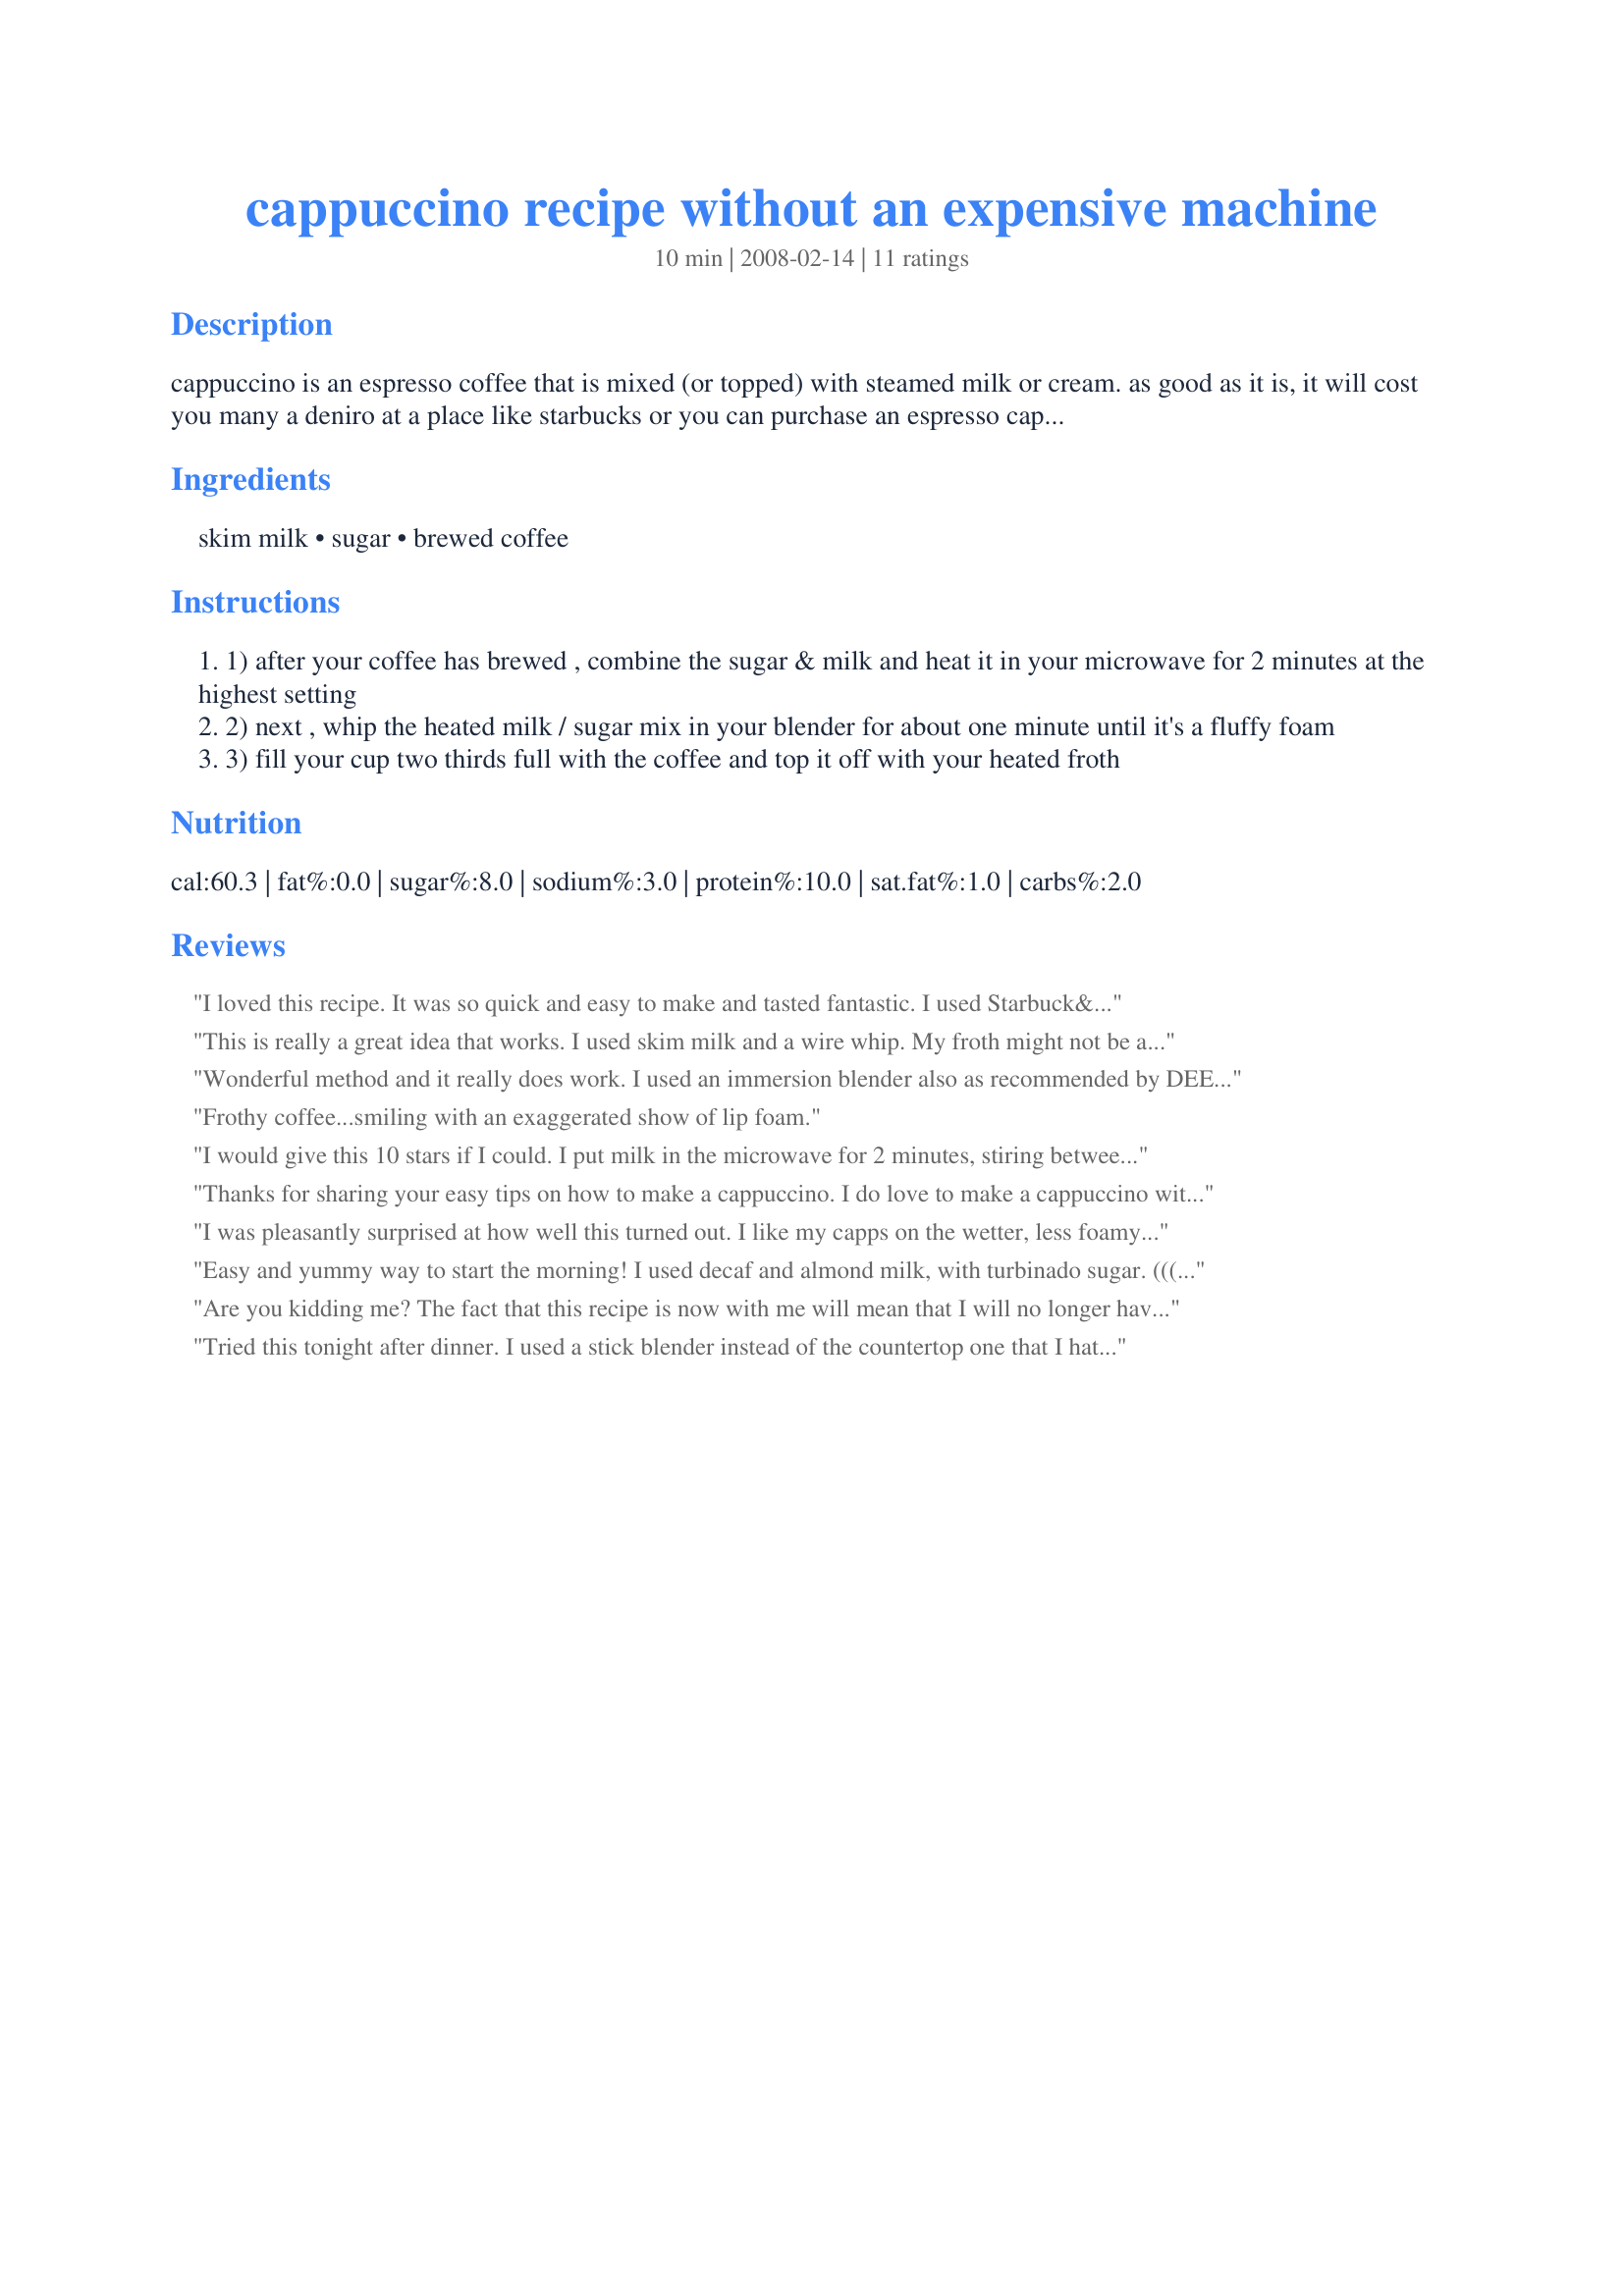
cappuccino recipe without an expensive machine
Preparation time: 10 minutes

cappuccino is an espresso coffee that is mixed (or topped) with steamed milk or cream. as good as it is, it will cost you many a deniro at a place like starbucks or you can purchase an espresso cappuccino maker to display on your own kitchen counter for about $600. that's a lot for a machine that specializes in gourmet flavored coffee.

for the rest of us, here's an easy cappuccino recipe for all those weekend mornings at home when you want to treat yourself to something special and all you need is a microwave and blender. to brew 2 cups of this coffee you need:

Ingredients:
skim milk, sugar, brewed coffee

Steps:
1) after your coffee has brewed , combine the sugar & milk and heat it in your microwave for 2 minutes at the highest setting
2) next , whip the heated milk / sugar mix in your blender for about one minute until it's a fluffy foam
3) fill your cup two thirds full with the coffee and top it off with your heated froth

Reviews:
I loved this recipe. It was so quick and easy to make and tasted fantastic. I used Starbuck&#039;s Dark French Roast, vanilla sugar and a blend of 1% milk with a little Baileys Hazelnut Creamer. I didn&#039;t make much foam, as I prefer it with more coffee. Thank you so much for sharing your recipe, that I will make again and again. Made for Spring Pac 2014
This is really a great idea that works. I used skim milk and a wire whip. My froth might not be as high as I would have gotten with a blender but I made this before breakfast and didn't want to wake DH with the Vita Mix. One thing that I like about this is that the froth holds through the drinking time. I placed a cinnamon stick in the coffee and used a light shake on top. Heaven in a cup! Thanks for this.
Wonderful method and it really does work. I used an immersion blender also as recommended by DEEP. Even though I used a 2 cup glass measuring cup, the milk still sloshed out the sides of the cup as I blended it. Therefore, use a very large container if using an immersion blender. I added cinnamon on top of the froth and will try some chocolate curls next time as a garnish. As someone else mentioned, the froth does last right thru to the last sip. Great idea and thanks for sharing!
Frothy coffee...smiling with an exaggerated show of lip foam.
I would give this 10 stars if I could. I put milk in the microwave for 2 minutes, stiring between each minute. Then I hand whipped with a hand spatula. It was amazing and quick.
Thanks for sharing your easy tips on how to make a cappuccino. I do love to make a cappuccino without an expensive machine too. But I don&#039;t use a microwave when it comes to frothing the milk. In order for me to create a lasting foam, I use a handheld milk frother which I found at amazon, http://amztk.com/milkfrother. This foam maker is very easy to use and a great device in making foams on lattes.
I was pleasantly surprised at how well this turned out. I like my capps on the wetter, less foamy side, and this was perfect. You saved me at least 100$ if not more on the price of an expensive cappuccino maker. I used whole milk for skim and unbleached white sugar (meaning non chemically bleached) and organic, full-bodied, dark Italian roast coffee beans. This recipe has been added to our Menu #24541 menu! Thanks for posting!
My family and friends will be impressed when I prepare this for them! One important note: use a large container for heating the milk because it will run over the edge while heating. ~fyi~
Easy and yummy way to start the morning! I used decaf and almond milk, with turbinado sugar. (((Big Smile)))
Are you kidding me? The fact that this recipe is now with me will mean that I will no longer have to settle for horrible cappuchino again. I always thought that maybe I just didnt know good cappuchino when I left starbucks feeling disappointed. I was just trying to figure out how to save up the money to invest in a good machine as I really do drink espresso, coffee and cappuchino for the enjoyment of it; and I came across this. Fabulous. I did not add sugar to the milk; used Wegmans brand organic ground espresso and Wegmans organic 2per cent milk; brewed the coffee in my cheap machine; added a bit of sugar in the raw to the coffee; followed the directions for the froth and it was honestly just as good as what i get at wholefoods which is tremendous. I did not use a blender as I dont have one; I used a hand immersion blender thing and this will be my coffee from now on. Thank you soooo much for sharing this. I owe you one!
Tried this tonight after dinner. I used a stick blender instead of the countertop one that I hate cleaning. Worked like a charm! Thanks for sharing a super easy recipe.
I was out of the tassimo milk so tried this, and i cant believe that no one has suggested this before to me. Forget fussy steamers, or frothers, just do this. As good or better than storebought.
